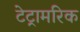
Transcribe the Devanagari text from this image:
टेट्रामरिक